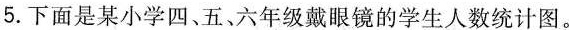
5.下面是某小学四、五、六年级戴眼镜的学生人数统计图。